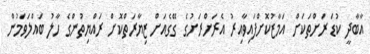
އާބާދީ ކުޑަ ރަށްތަކަށް އަމާޒުކޮށްފައިވާއިރު އެރަށްރަށުގެ ގޭގެއަށް ޒިޔާރަތްކޮށް ރައްޔިތުންގެ ހާލު ބައްލަވަމުން